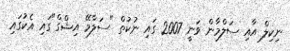
ނިކިލް އާއި ސަލްމާން ވަނީ 2007 ގައި ނުކުތް "ސަލާމޭ އިޝްގް"ގައި އެކުގައި